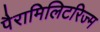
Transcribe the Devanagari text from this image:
पैरामिलिटरिज्म